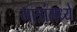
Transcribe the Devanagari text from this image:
मात्रांमध्ये